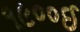
૧૯૦૦ઈ